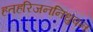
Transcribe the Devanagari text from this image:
हतहरिजननिधुवन